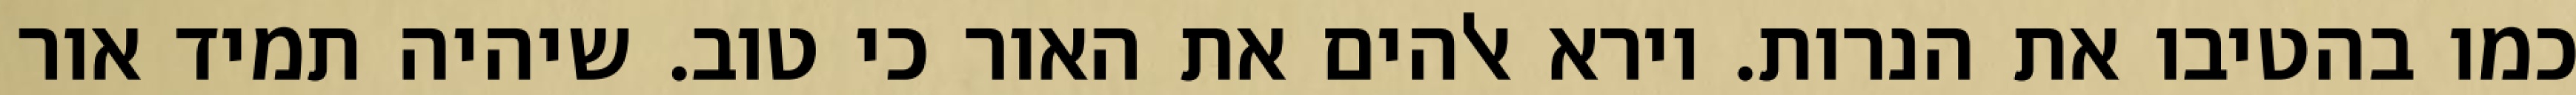
כמו בהטיבו את הנרות. וירא אלהים את האור כי טוב. שיהיה תמיד אור